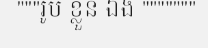
"""រូប ខ្លួន ឯង """""""